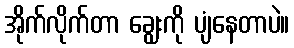
အိုက်လိုက်တာ ချွေးကို ပျံနေတာပဲ။